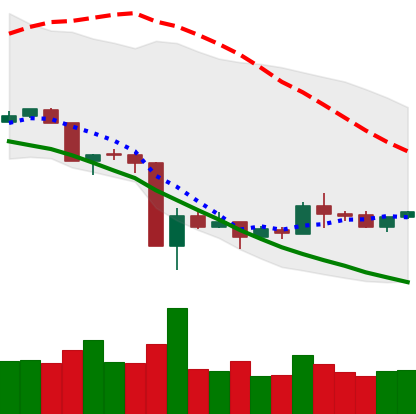
Ticker: XLM-USD
Chart end date: 2020-03-24
Forward return: -5.399%
Label: down_5_7